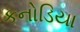
કનોડિયા